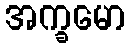
အက္ခမော